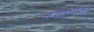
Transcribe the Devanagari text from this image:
दयार्णवा